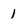
Character: 1